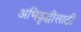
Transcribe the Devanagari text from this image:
अभिवृद्धीसाठी